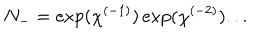
LaTeX: N _ { - } = \exp ( \chi ^ { ( - 1 ) } ) \exp ( \chi ^ { ( - 2 ) } ) . . .